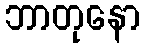
ဘာတုနော